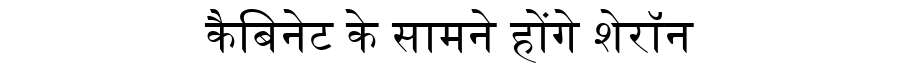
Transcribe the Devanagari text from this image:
कैबिनेट के सामने होंगे शेरॉन